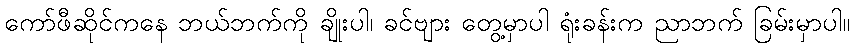
ကော်ဖီဆိုင်ကနေ ဘယ်ဘက်ကို ချိုးပါ၊ ခင်ဗျား တွေ့မှာပါ ရုံးခန်းက ညာဘက် ခြမ်းမှာပါ။